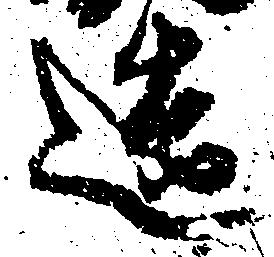
造